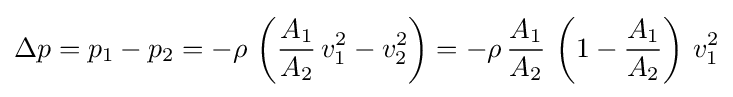
\Delta p=p_{1}-p_{2}=-\rho \,\left({\frac {A_{1}}{A_{2}}}\,v_{1}^{2}-v_{2}^{2}\right)=-\rho \,{\frac {A_{1}}{A_{2}}}\,\left(1-{\frac {A_{1}}{A_{2}}}\right)\,v_{1}^{2}